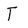
Character: T